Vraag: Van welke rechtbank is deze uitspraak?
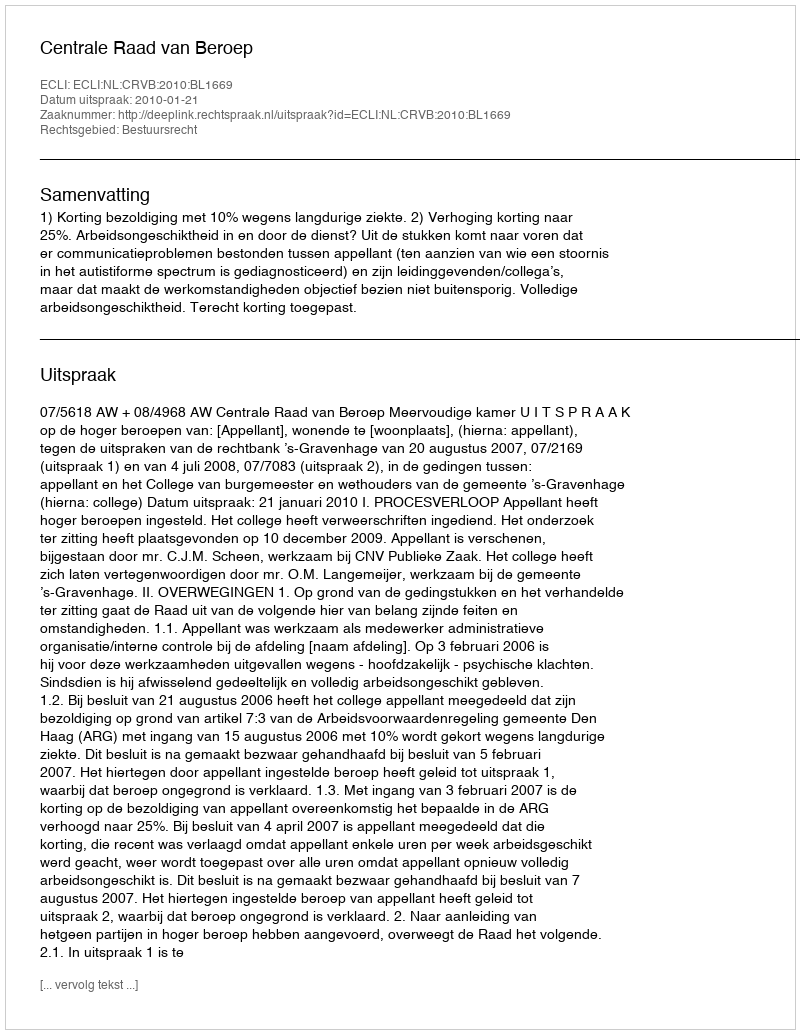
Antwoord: Centrale Raad van Beroep